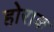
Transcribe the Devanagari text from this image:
होराक